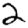
Digit: 2